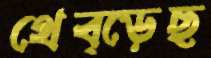
থেব্‌ড়েছ